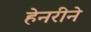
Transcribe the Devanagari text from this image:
हेनरीने